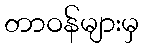
တာဝန်များမှ